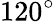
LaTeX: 120^{\circ}